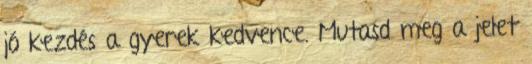
jó kezdés a gyerek kedvence. Mutasd meg a jelet